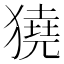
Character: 獟